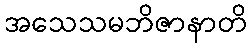
အသေသမဘိဇာနာတိ